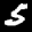
Label: 5